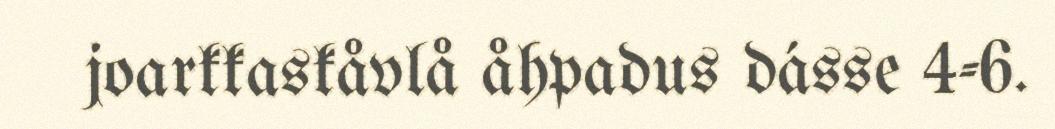
joarkkaskåvlå åhpadus dásse 4-6.